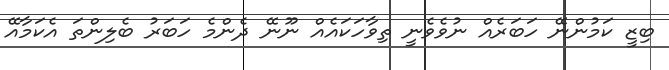
ބިޒީ ކަމުންނޭ ހަބަރެއް ނުވެވެނީ ތިވާހަކައެއް ނޫނޭ ދެންމެ ހަބަރު ބެލިންތަ އެކަމާއޭ